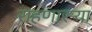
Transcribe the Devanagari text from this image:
राहणारऱ्या